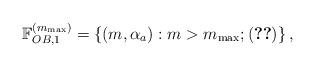
LaTeX: \begin{align*}\mathbb{F}_{OB,1}^{(m_{\max})} = \left\{(m, \alpha_a):m > m_{\max}; {}\eqref{eq:rarecase3OB}\right\},\end{align*}